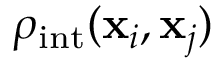
\rho _ { \mathrm { i n t } } ( \mathbf { x } _ { i } , \mathbf { x } _ { j } )